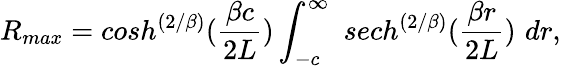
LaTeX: R_{max}=cosh^{\left({2/\beta}\right)}({\frac{\beta c}{2L}})\int_{-c}^{\infty}\, \, sech^{\left({2/\beta}\right)}({\frac{\beta r}{2L}})\, \, dr,